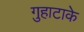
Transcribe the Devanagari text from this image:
गुहाटाके